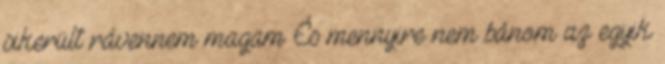
sikerült rávennem magam És mennyire nem bánom az egyik